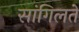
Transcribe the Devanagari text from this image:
सांगिलते